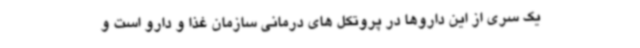
یک سری از این داروها در پروتکل های درمانی سازمان غذا و دارو است و